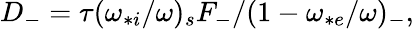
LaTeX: \begin{array}{r}{D_{-}=\tau(\omega_{*i}/\omega)_{s}F_{-}/(1-\omega_{*e}/\omega)_{-},}\end{array}